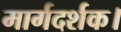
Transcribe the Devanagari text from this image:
मार्गदर्शक।